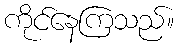
ကိုင်နေကြသည်။